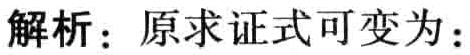
解析：原求证式可变为：